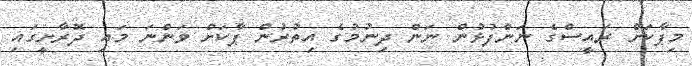
މިޕާކަށް ރައީސްގެ ނަންފުޅުން ނަން ދިނުމުގެ އިތުރުން ޕާކަށް ވަންނަ މައި ދޮރާށީގައި